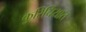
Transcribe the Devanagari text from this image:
कुरिचियात